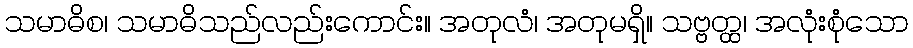
သမာဓိစ၊ သမာဓိသည်လည်းကောင်း။ အတုလံ၊ အတုမရှိ။ သဗ္ဗတ္ထ၊ အလုံးစုံသော